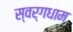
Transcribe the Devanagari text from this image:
स्वर्गधाम